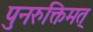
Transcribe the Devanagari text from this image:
पुनरुक्तिमत्